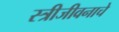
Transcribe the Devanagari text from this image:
स्त्रीजीवनाचे